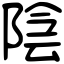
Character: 陰